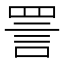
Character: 詈